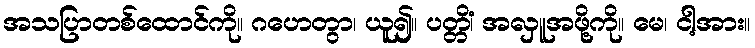
အသပြာတစ်ထောင်ကို။ ဂဟေတွာ၊ ယူ၍။ ပတ္တိံ၊ အလှူအဖို့ကို။ မေ၊ ငါ့အား။